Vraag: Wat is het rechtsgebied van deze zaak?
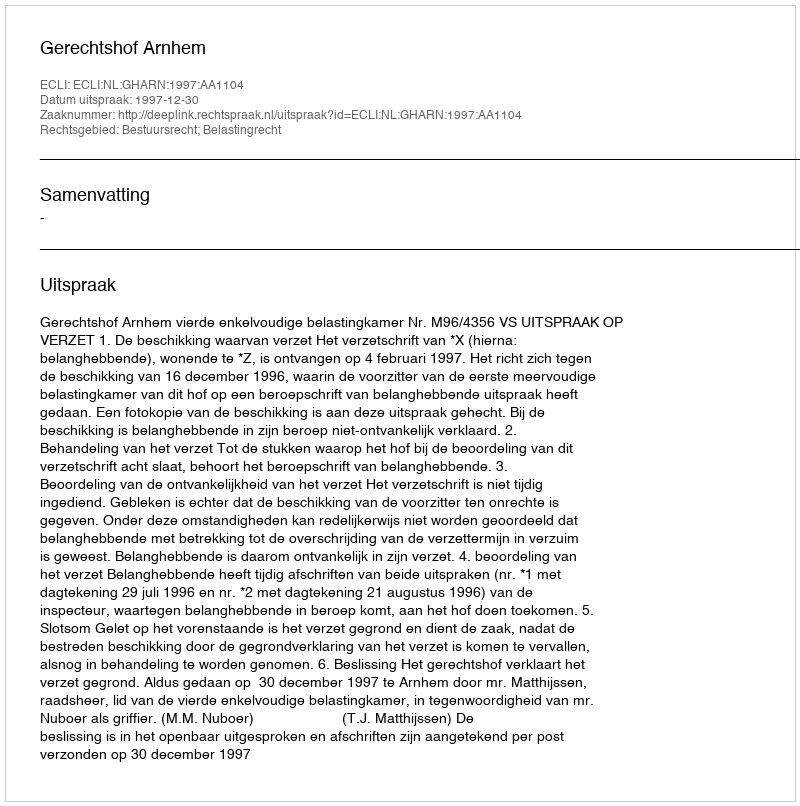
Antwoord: Bestuursrecht; Belastingrecht